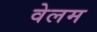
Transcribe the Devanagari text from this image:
वेलम